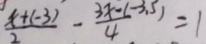
\frac { x + ( - 3 ) } { 2 } - \frac { 3 x - ( - 3 . 5 ) } { 4 } = 1